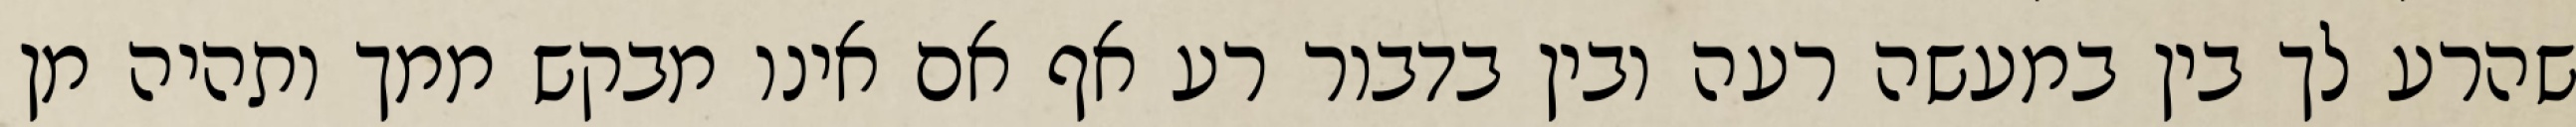
שהרע לך בין במעשה רעה ובין בדבור רע אף אם אינו מבקש ממך ותהיה מן